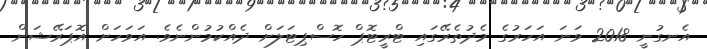
އެނގުނީ 2018 ވަނަ އަހަރުގެ މެދުތެރޭގައި ޓްރީޓޮޕް ހޮސްޕިޓަލަށް ދެއްކުމުންނެވެ. އަވަހަށް އޮޕަރޭޝަން